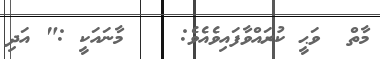
މާތް  ވަޙީ ކުރައްވާފައިވެއެވެ:    މާނައަކީ :" އަދި